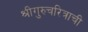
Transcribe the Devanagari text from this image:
श्रीगुरुचरित्राची